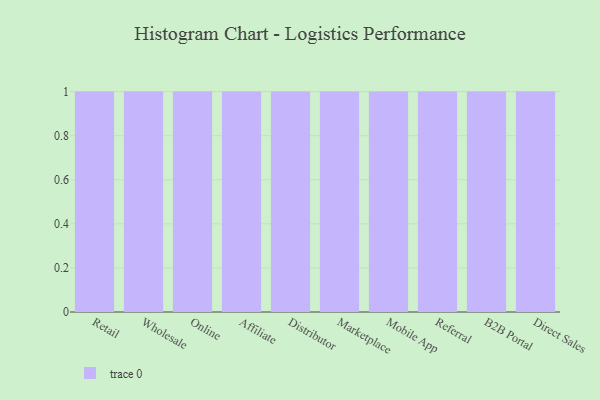
{"axis": {"x": "Channel", "y": "Churn Rate (%)"}, "legend": [""], "data": [{"x": "Retail", "y": 74, "type": ""}, {"x": "Wholesale", "y": 90, "type": ""}, {"x": "Online", "y": 3, "type": ""}, {"x": "Affiliate", "y": 59, "type": ""}, {"x": "Distributor", "y": 77, "type": ""}, {"x": "Marketplace", "y": 74, "type": ""}, {"x": "Mobile App", "y": 82, "type": ""}, {"x": "Referral", "y": 22, "type": ""}, {"x": "B2B Portal", "y": 71, "type": ""}, {"x": "Direct Sales", "y": 62, "type": ""}]}